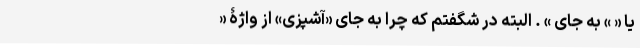
یا « » به جای » . البته در شگفتم که چرا به جای «‌آشپزی» از واژۀ «